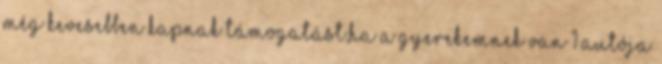
még kevesebben kapnak támogatást,ha a gyerekemnek van 1 autója